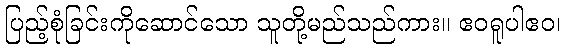
ပြည့်စုံခြင်းကိုဆောင်သော သူတို့မည်သည်ကား။ ဧဝရူပါဧဝ၊